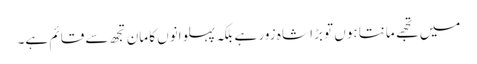
میں تجھے مانتا ہوں تو بڑا شاہ زور ہے بلکہ پہلوانوں کا مان تجھ سے قائم ہے۔